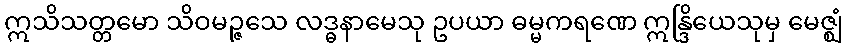
ဣသိသတ္တမော သိဝမဉ္ဇသေ လဒ္ဓနာမေသု ဥပယာ ဓမ္မကရဏေ ဣန္ဒြိယေသုမှ မေဇ္ဈံ